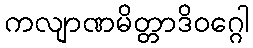
ကလျာဏမိတ္တာဒိဝဂ္ဂေါ